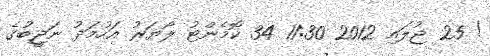
! 25 ޖުލައި 2012 11:30 34 ކޮމެންޓު ލޯޔަރު އަހުމަދު ނަޖީބުގެ